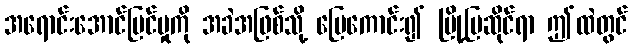
အရောင်းအောင်မြင်မှုကို အခဲအဖြစ်သို့ မြေကောင်း၍ မြို့ပြဆိုင်ရာ ဤထဲတွင်